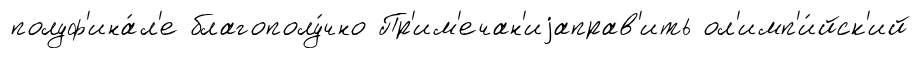
полуф'ина́л'е благополу́чно Пр'им'ечан'иjаправ'ить ол'имп'и́йск'ий